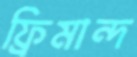
ফ্রিমান্দ